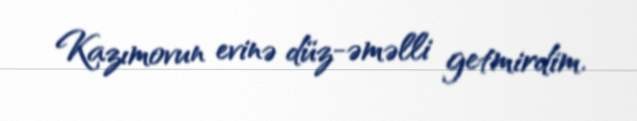
Kazımovun evinə düz-əməlli getmirdim.